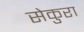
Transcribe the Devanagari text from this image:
सेकुरा